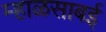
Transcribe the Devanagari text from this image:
म्हाळसाबई